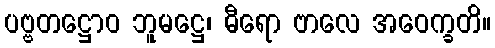
ပဗ္ဗတဋ္ဌောဝ ဘူမဋ္ဌေ၊ ဓီရော ဗာလေ အဝေက္ခတိ။